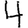
Digit: 4